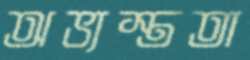
অভ্যস্ততা